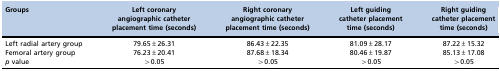
<table><thead><tr><td><b>Groups</b></td><td><b>Left coronary angiographic catheter placement time (seconds)</b></td><td><b>Right coronary angiographic catheter placement time (seconds)</b></td><td><b>Left guiding catheter placement time (seconds)</b></td><td><b>Right guiding catheter placement time (seconds)</b></td></tr></thead><tbody><tr><td>Left radial artery group</td><td>79.65±26.31</td><td>86.43±22.35</td><td>81.09±28.17</td><td>87.22±15.32</td></tr><tr><td>Femoral artery group</td><td>76.23±20.41</td><td>87.68±18.34</td><td>80.46±19.87</td><td>85.13±17.08</td></tr><tr><td><i>p</i> value</td><td>&gt;0.05</td><td>&gt;0.05</td><td>&gt;0.05</td><td>&gt;0.05</td></tr></tbody></table>